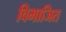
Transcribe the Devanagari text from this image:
विभाजित